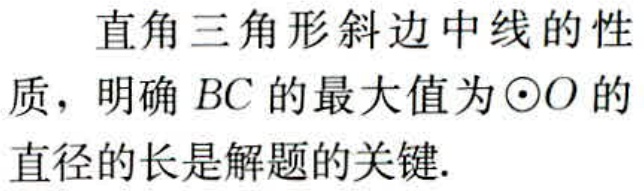
直角三角形斜边中线的性质，明确 \(BC\) 的最大值为 \(\odot O\) 的直径的长是解题的关键.